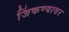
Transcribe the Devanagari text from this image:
जिंकण्यावर